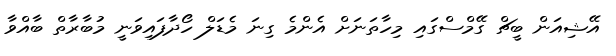
އޭޝިއަން ބީޗް ގޭމްސްގައި މިހާތަނަށް އެންމެ ގިނަ މެޑަލް ހޯދާފައިވަނީ މުބާރާތް ބާއްވާ